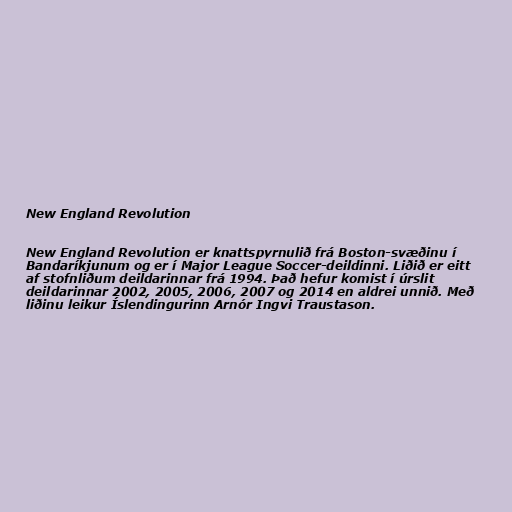
New England Revolution

New England Revolution er knattspyrnulið frá Boston-svæðinu í
Bandaríkjunum og er í Major League Soccer-deildinni. Liðið er eitt
af stofnliðum deildarinnar frá 1994. Það hefur komist í úrslit
deildarinnar 2002, 2005, 2006, 2007 og 2014 en aldrei unnið. Með
liðinu leikur Íslendingurinn Arnór Ingvi Traustason.